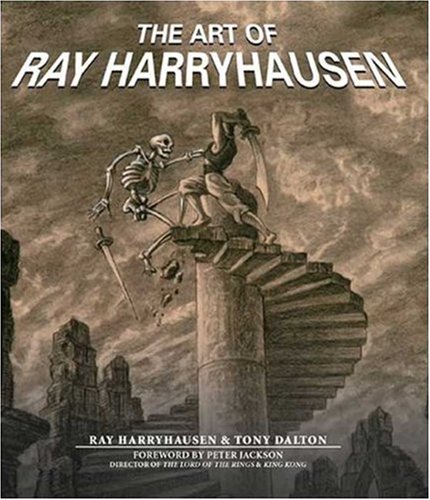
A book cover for The Art of Ray Harryhausen; Ray Harryhausen; Humor & Entertainment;